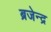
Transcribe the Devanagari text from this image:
ब्रजेन्‍द्र